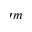
^ { \prime m }